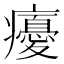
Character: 𭼵